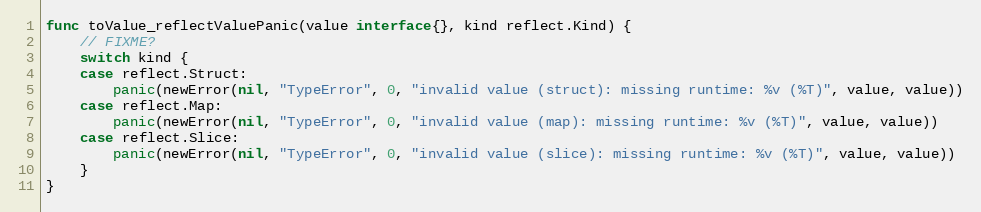
Language: Go
func toValue_reflectValuePanic(value interface{}, kind reflect.Kind) {
	// FIXME?
	switch kind {
	case reflect.Struct:
		panic(newError(nil, "TypeError", 0, "invalid value (struct): missing runtime: %v (%T)", value, value))
	case reflect.Map:
		panic(newError(nil, "TypeError", 0, "invalid value (map): missing runtime: %v (%T)", value, value))
	case reflect.Slice:
		panic(newError(nil, "TypeError", 0, "invalid value (slice): missing runtime: %v (%T)", value, value))
	}
}